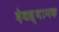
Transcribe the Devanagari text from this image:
देवस्थानक